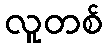
လူတစ်